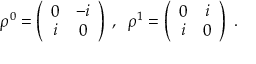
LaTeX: \rho ^ { 0 } = \left( \begin{array} { c c } { { 0 } } & { { - i } } \\ { { i } } & { { 0 } } \end{array} \right) \; , \; \; \rho ^ { 1 } = \left( \begin{array} { c c } { { 0 } } & { { i } } \\ { { i } } & { { 0 } } \end{array} \right) \; .